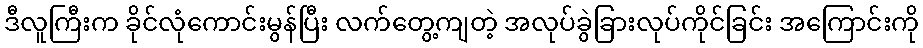
ဒီလူကြီးက ခိုင်လုံကောင်းမွန်ပြီး လက်တွေ့ကျတဲ့ အလုပ်ခွဲခြားလုပ်ကိုင်ခြင်း အကြောင်းကို